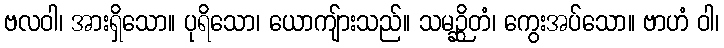
ဗလဝါ၊ အားရှိသော။ ပုရိသော၊ ယောကျ်ားသည်။ သမဉ္ဆိတံ၊ ကွေးအပ်သော။ ဗာဟံ ဝါ၊